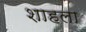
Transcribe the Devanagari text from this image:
शाहला